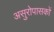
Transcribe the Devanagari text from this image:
असुरोपासकों